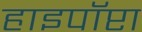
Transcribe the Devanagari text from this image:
हाइपॉप्टा